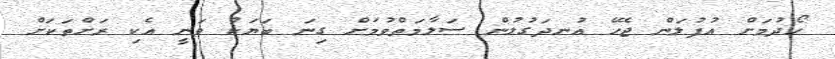
ހޯދުމަށް އުފުލަން ޖެހޭ އުނދަގުލުން ސަލާމަތްވުމަށް ގިނަ ބަޔަކު ވަނީ އެކި ރަށްތަކަށް